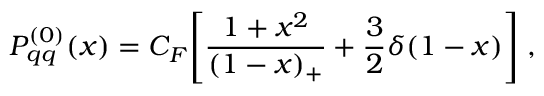
P _ { q q } ^ { ( 0 ) } ( x ) = C _ { F } \Bigg [ \frac { 1 + x ^ { 2 } } { ( 1 - x ) _ { + } } + \frac { 3 } { 2 } \delta ( 1 - x ) \Bigg ] \; ,